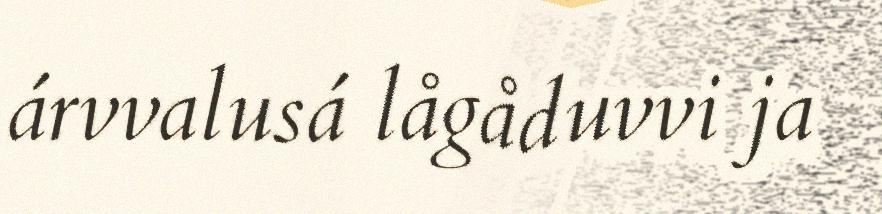
árvvalusá lågåduvvi ja